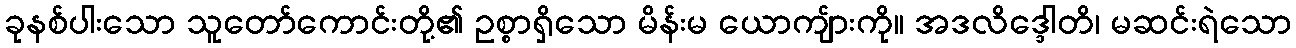
ခုနစ်ပါးသော သူတော်ကောင်းတို့၏ ဥစ္စာရှိသော မိန်းမ ယောကျ်ားကို။ အဒလိဒ္ဒေါတိ၊ မဆင်းရဲသော